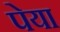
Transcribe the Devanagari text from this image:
पेया